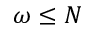
\omega \leq N